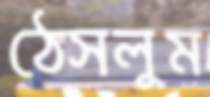
ঠেসলুম